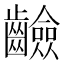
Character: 䶨